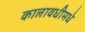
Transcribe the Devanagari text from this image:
कालावधीमधे